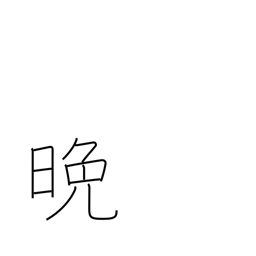
Meaning: night